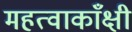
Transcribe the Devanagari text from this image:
महत्वाकाँक्षी